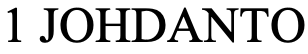
1 JOHDANTO